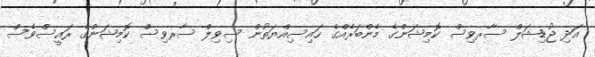
އަދި ޖުޑިޝަލް ސާރވިސް ކޮމިޝަންގެ މެންބަރެއްގެ ހައިސިއްޔަތުން ސިވިލް ސާރވިސް ކޮމިޝަންގެ ރައީސްވެސް